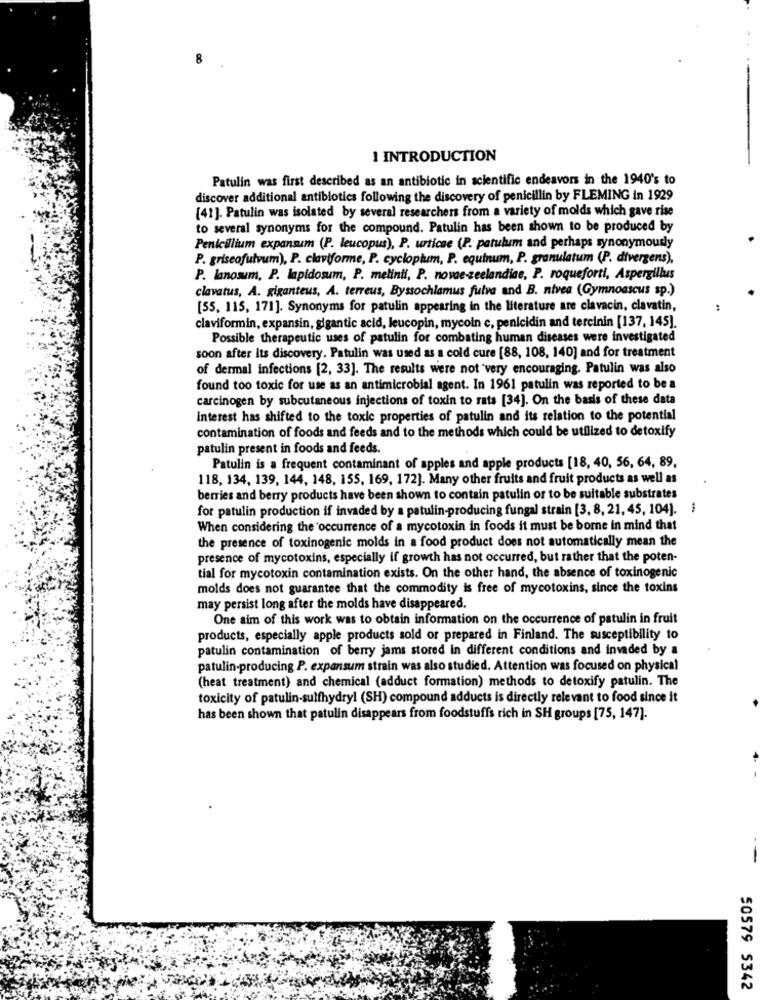
8
1 INTRODUCTION
Patulin was first described as an antibiotic in scientific endeavors in the 1940's to
discover additional antibiotics following the discovery of penicillin by FLEMING in 1929
[41]. Patulin was isolated by several researchers from a variety of molds which gave rise
to several synonyms for the compound. Patulin has been shown to be produced by
Penicillium expansum (P. leucopus), P. urticae (P. patulum and perhaps synonymously
P. griseofulvum), P. claviforme, P. cyclopium, P. equinum, P. granulatum (P. divergens),
P. lanosum, P. lapidosum, P. melinii, P. novae-zeelandiae, P. roqueforti, Aspergillus
clavatus, A. giganteus, A. terreus, Byssochlamus fuive and B. nivea (Gymnoascus sp.)
[55, 115, 171]. Synonyms for patulin appearing in the literature are clavacin, clavatin,
claviformin, expansin, gigantic acid, leucopin, mycoin c, penicidin and tercinin [137, 145].
Possible therapeutic uses of patulin for combating human diseases were investigated
soon after its discovery. Patulin was used as a cold cure [88, 108, 140] and for treatment
of dermal infections [2, 33]. The results were not very encouraging. Patulin was also
found too toxic for use as an antimicrobial agent. In 1961 patulin was reported to be a
carcinogen by subcutaneous injections of toxin to rats [34]. On the basis of these data
interest has shifted to the toxic properties of patulin and its relation to the potential
contamination of foods and feeds and to the methods which could be utilized to detoxify
patulin present in foods and feeds.
Patulin is a frequent contaminant of apples and apple products [18, 40, 56, 64, 89,
118, 134, 139, 144, 148, 155, 169, 172]. Many other fruits and fruit products as well as
berries and berry products have been shown to contain patulin or to be suitable substrates
for patulin production if invaded by a patulin-producing fungal strain [3, 8, 21, 45, 104). ;
When considering the occurrence of a mycotoxin in foods it must be borne in mind that
the presence of toxinogenic molds in a food product does not automatically mean the
presence of mycotoxins, especially if growth has not occurred, but rather that the poten-
tial for mycotoxin contamination exists. On the other hand, the absence of toxinogenic
molds does not guarantee that the commodity is free of mycotoxins, since the toxins
may persist long after the molds have disappeared.
One aim of this work was to obtain information on the occurrence of patulin in fruit
products, especially apple products sold or prepared in Finland. The susceptibility to
patulin contamination of berry jams stored in different conditions and invaded by a
patulin-producing P. expansum strain was also studied. Attention was focused on physical
(heat treatment) and chemical (adduct formation) methods to detoxify patulin. The
toxicity of patulin-sulfhydryl (SH) compound adducts is directly relevant to food since it
has been shown that patulin disappears from foodstuffs rich in SH groups [75, 147].
50579 5342